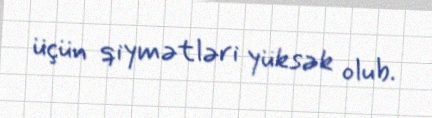
üçün qiymətləri yüksək olub.